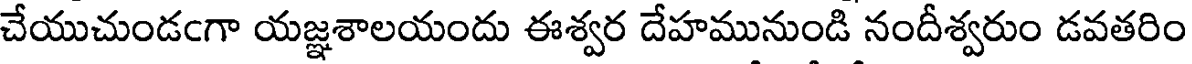
చేయుచుండఁగా యజ్ఞశాలయందు ఈశ్వర దేహమునుండి నందీశ్వరుం డవతరిం